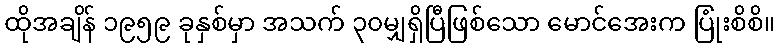
ထိုအချိန် ၁၉၅၉ ခုနှစ်မှာ အသက် ၃၀မျှရှိပြီဖြစ်သော မောင်အေးက ပြုံးစိစိ။